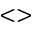
< >